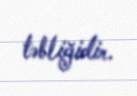
təbliğidir.